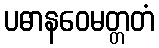
ပဓာနဝေမတ္တတံ